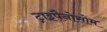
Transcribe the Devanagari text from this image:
ट्राइपैनोसोम